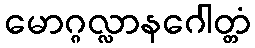
မောဂ္ဂလ္လာနဂေါတ္တံ